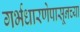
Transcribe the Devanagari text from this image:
गर्भधारणेपासूनच्या